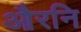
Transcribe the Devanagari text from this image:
औरनि